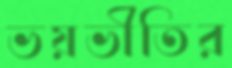
ভয়ভীতির